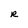
Character: R